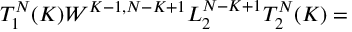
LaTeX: T _ { 1 } ^ { N } ( K ) W ^ { K - 1 , N - K + 1 } L _ { 2 } ^ { N - K + 1 } T _ { 2 } ^ { N } ( K ) =